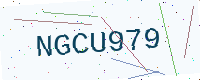
Text: NGCU979